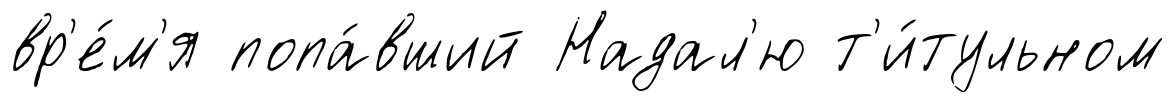
вр'е́м'я попа́вший Надал'ю т'и́тульном